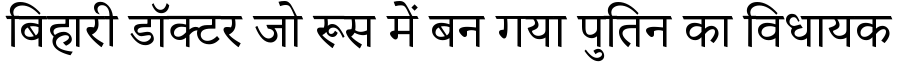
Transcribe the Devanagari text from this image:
बिहारी डॉक्टर जो रूस में बन गया पुतिन का विधायक